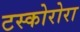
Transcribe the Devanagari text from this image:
टस्कोरोरा